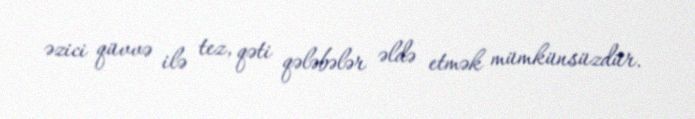
əzici qüvvə ilə tez, qəti qələbələr əldə etmək mümkünsüzdür.